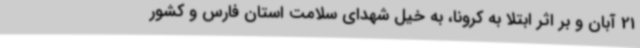
21 آبان و بر اثر ابتلا به کرونا، به خیل شهدای سلامت استان فارس و کشور